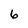
Character: 6